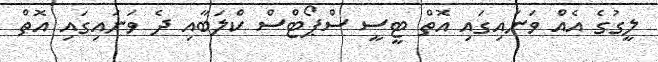
ލީގުގެ އެއް ވަނައިގައި އޮތް ޓީސީ ސްޕޯޓްސް ކްލަބާއި ދެ ވަނައިގައި އޮތް